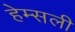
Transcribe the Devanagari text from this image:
हेम्सली